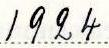
1924